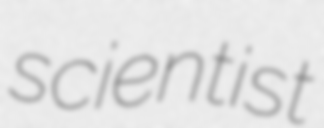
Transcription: scientist